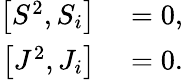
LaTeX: \begin{array}{rl}{\left\lbrack S^{2},S_{i}\right\rbrack}&{{}=0,}\\ {\left\lbrack J^{2},J_{i}\right\rbrack}&{{}=0.}\end{array}